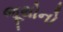
જૂથોનો